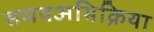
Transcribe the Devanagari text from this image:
समयअभिक्रिया